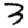
Digit: 3